NAE_EAA_P-1050_Enda_Kallas, lk 14
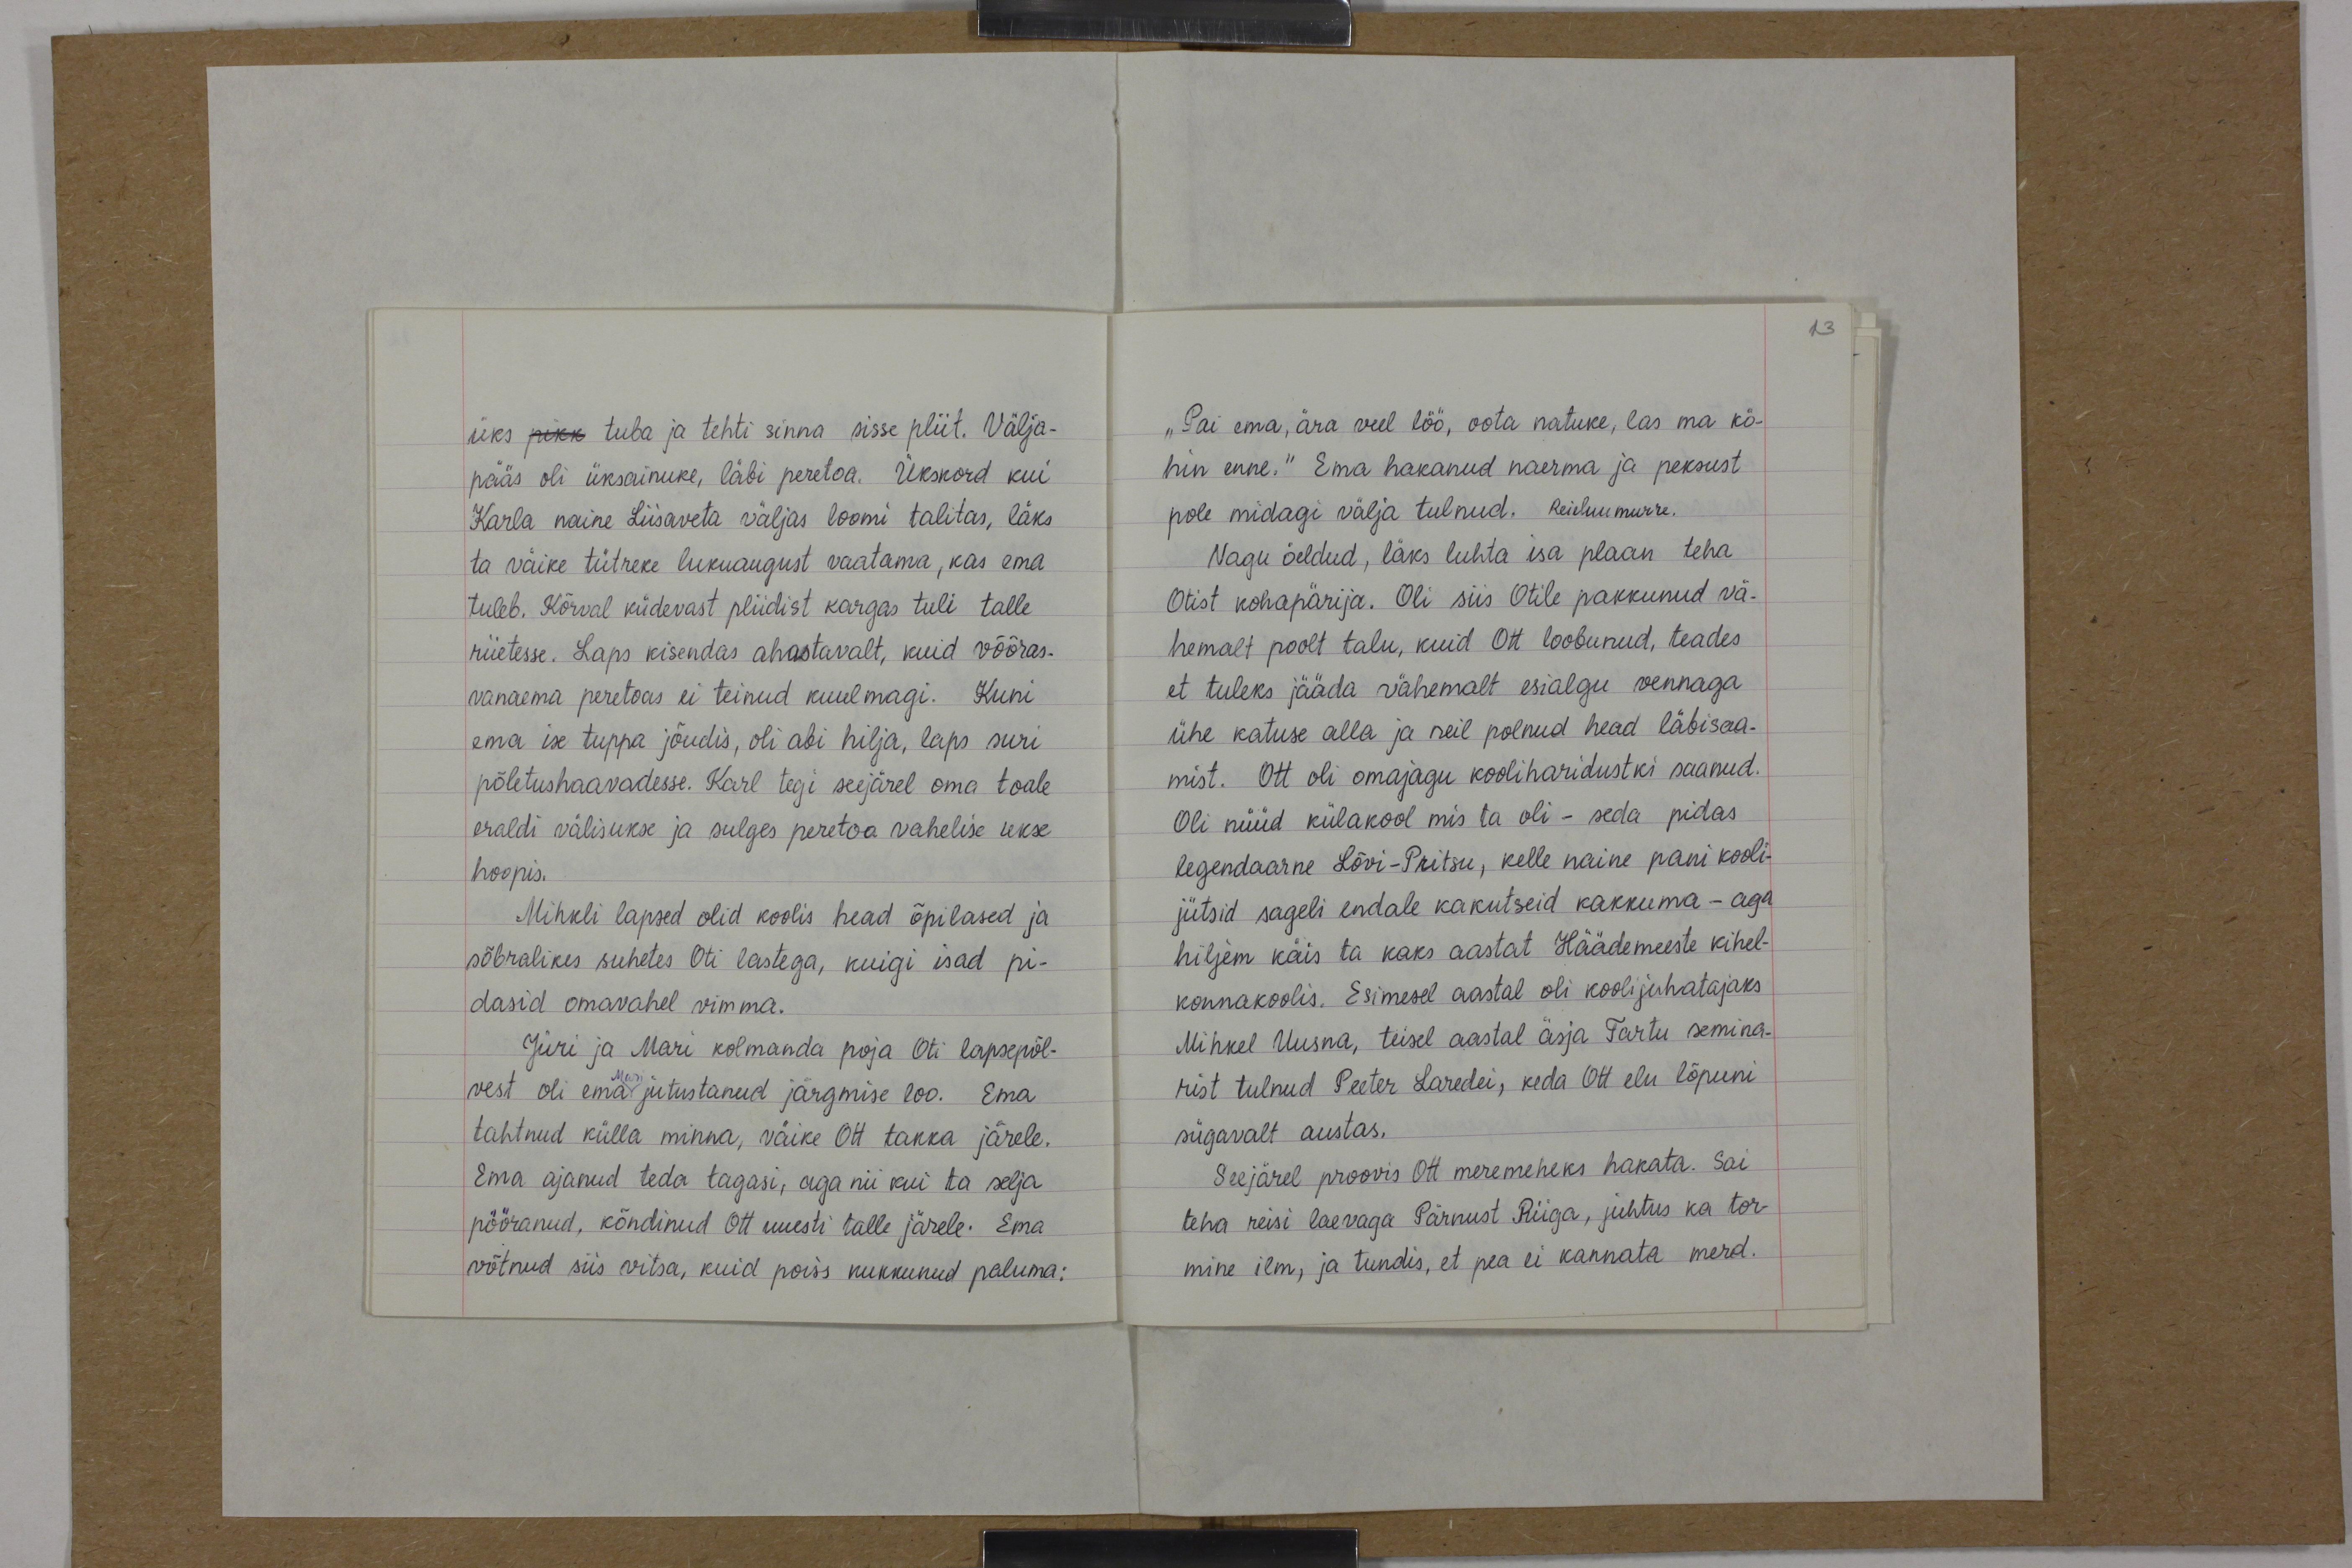
13

üks pikk tuba ja tehti sinna sisse pliit. Välja-
pääs oli üksainuke, läbi peretoa. Ükskord kui
Karla naine Liisaveta väljas loomi talitas, läks
ta väike tütreke lukuaugust vaatama, kas ema
tuleb. Kõrval küdevast pliidist kargas tuli talle
riietesse. Laps kisendas ahastavalt, kuid võõras-
vanaema peretoas ei teinud kuulmagi. Kuni
ema ise tuppa jõudis, oli abi hilja, laps suri
põletushaavadesse. Karl tegi seejärel oma toale
eraldi välisukse ja sulges peretoa vahelise ukse
hoopis.
Mihkli lapsed olid koolis head õpilased ja
sõbralikes suhetes Oti lastega, kuigi isad pi-
dasid omavahel vimma.
Jüri ja Mari kolmanda poja Oti lapsepõl-
vest oli ema jutustanud järgmise loo. Ema
tahtnud külla minna, väike Ott takka järele.
Ema ajanud teda tagasi, aga nii kui ta selja
pööranud, kõndinud Ott uuesti talle järele. Ema
võtnud siis vitsa, kuid poiss kukkunud paluma:

„Pai ema, ära veel löö, oota natuke, las ma kö-
hin enne." Ema hakanud naerma ja peksust
pole midagi välja tulnud. Reieluumurre.
Nagu öeldud, läks luhta isa plaan teha
Otist kohapärija. Oli siis Otile pakkunud vä-
hemalt poolt talu, kuid Ott loobunud, teades
et tuleks jääda vähemalt esialgu vennaga
ühe katuse alla ja neil polnud head läbisaa-
mist. Ott oli omajagu kooliharidustki saanud.
Oli nüüd külakool mis ta oli - seda pidas
legendaarne Lõvi-Pritsu, kelle naine pani kooli-
jütsid sageli endale kakutseid kakkuma - aga
hiljem käis ta kaks aastat Häädemeeste kihel-
konnakoolis. Esimesel aastal oli koolijuhatajaks
Mihkel Uusna, teisel aastal äsja Tartu semina-
rist tulnud Peeter Laredei, keda Ott elu lõpuni
sügavalt austas.
Seejärel proovis Ott meremeheks hakata. Sai
teha reisi laevaga Pärnust Riiga, juhtus ka tor-
mine ilm, ja tundis, et pea ei kannata merd.